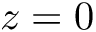
z = 0